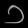
Digit: ၁